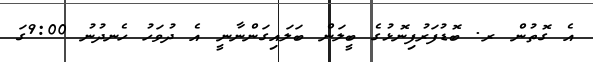
އެ ގޮތުން ރ. ބޮޑުފަރުފިނޮޅުގެ ބީލަން ބަލައިގަންނާނީ އެ ދުވަހު ހެނދުނު 9:00ގަ